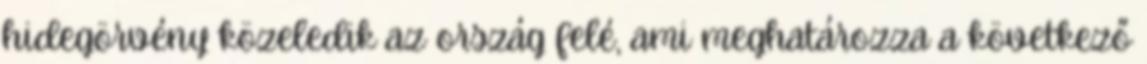
hidegörvény közeledik az ország felé, ami meghatározza a következő